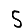
Digit: 5